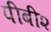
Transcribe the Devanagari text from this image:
पीबी२